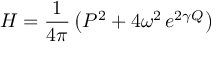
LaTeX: H = \frac { 1 } { 4 \pi } \left( P ^ { 2 } + 4 \omega ^ { 2 } \, e ^ { 2 \gamma Q } \right)